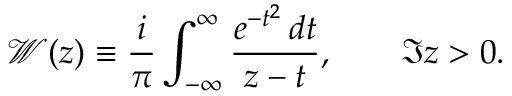
\mathcal { W } ( z ) \equiv \frac { i } { \pi } \int _ { - \infty } ^ { \infty } \frac { e ^ { - t ^ { 2 } } \, d t } { z - t } , \qquad \Im z > 0 .